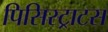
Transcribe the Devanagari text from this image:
पिसिस्ट्राटस